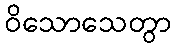
ဝိသောသေတွာ